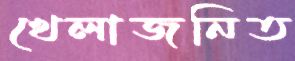
খেলাজনিত